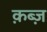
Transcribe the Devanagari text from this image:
क़ब्ज़